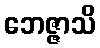
ဘေဇ္ဇာသိ